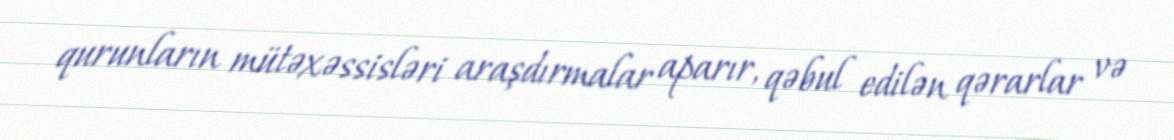
qurunların mütəxəssisləri araşdırmalar aparır, qəbul edilən qərarlar və